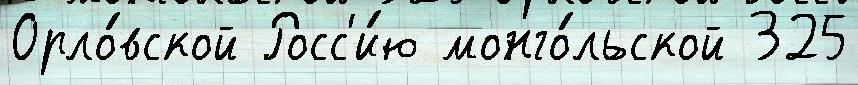
Орло́вской Росс'и́ю монго́льской 325